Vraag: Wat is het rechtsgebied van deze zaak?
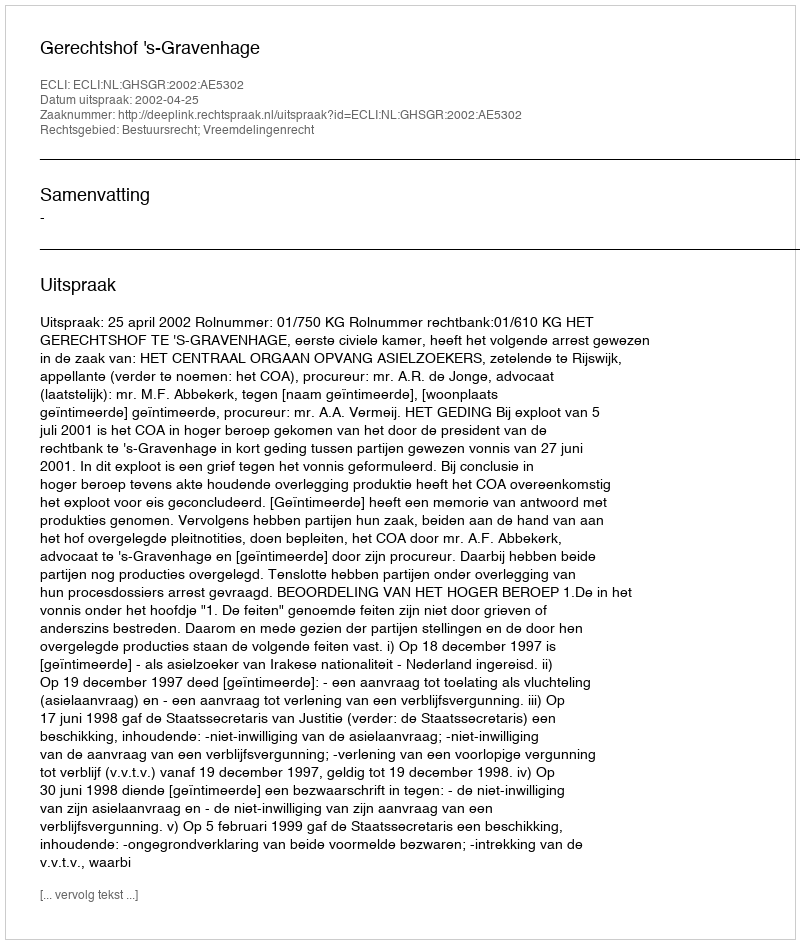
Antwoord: Bestuursrecht; Vreemdelingenrecht